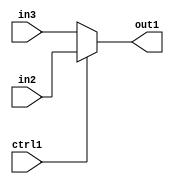
`timescale 1ps / 1ps
/*****************************************************************************
    Verilog RTL Description
    
    
    Created by: CellMath Designer 2019.1.01 
*******************************************************************************/

module bias_add_N_Mux_16_2_4_4 (
	in3,
	in2,
	ctrl1,
	out1
	); /* architecture "behavioural" */ 
input [15:0] in3,
	in2;
input  ctrl1;
output [15:0] out1;
wire [15:0] asc001;

reg [15:0] asc001_tmp_0;
assign asc001 = asc001_tmp_0;
always @ (ctrl1 or in2 or in3) begin
	case (ctrl1)
		1'B1 : asc001_tmp_0 = in2 ;
		default : asc001_tmp_0 = in3 ;
	endcase
end

assign out1 = asc001;
endmodule

/* CADENCE  uLf0SQw= : u9/ySgnWtBlWxVPRXgAZ4Og= ** DO NOT EDIT THIS LINE ******/